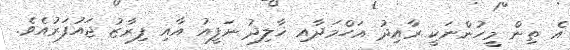
އެ ތިން މީހުންނަކީ ރާއިދު އަހްމަދާއި ޚާލިދު ނަފީއު އާއި ފިރާޒު ޖައުފަރުއެވެ.